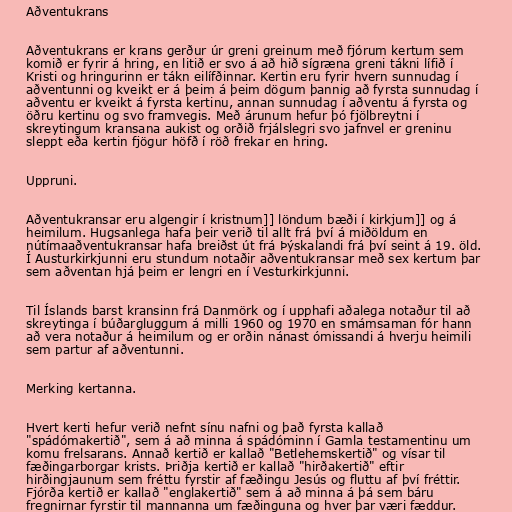
Aðventukrans

Aðventukrans er krans gerður úr greni greinum með fjórum kertum sem
komið er fyrir á hring, en litið er svo á að hið sígræna greni tákni lífið í
Kristi og hringurinn er tákn eilífðinnar. Kertin eru fyrir hvern sunnudag í
aðventunni og kveikt er á þeim á þeim dögum þannig að fyrsta sunnudag í
aðventu er kveikt á fyrsta kertinu, annan sunnudag í aðventu á fyrsta og
öðru kertinu og svo framvegis. Með árunum hefur þó fjölbreytni í
skreytingum kransana aukist og orðið frjálslegri svo jafnvel er greninu
sleppt eða kertin fjögur höfð í röð frekar en hring.

Uppruni.

Aðventukransar eru algengir í kristnum]] löndum bæði í kirkjum]] og á
heimilum. Hugsanlega hafa þeir verið til allt frá því á miðöldum en
nútímaaðventukransar hafa breiðst út frá Þýskalandi frá því seint á 19. öld.
Í Austurkirkjunni eru stundum notaðir aðventukransar með sex kertum þar
sem aðventan hjá þeim er lengri en í Vesturkirkjunni.

Til Íslands barst kransinn frá Danmörk og í upphafi aðalega notaður til að
skreytinga í búðargluggum á milli 1960 og 1970 en smámsaman fór hann
að vera notaður á heimilum og er orðin nánast ómissandi á hverju heimili
sem partur af aðventunni.

Merking kertanna.

Hvert kerti hefur verið nefnt sínu nafni og það fyrsta kallað
"spádómakertið", sem á að minna á spádóminn í Gamla testamentinu um
komu frelsarans. Annað kertið er kallað "Betlehemskertið" og vísar til
fæðingarborgar krists. Þriðja kertið er kallað "hirðakertið" eftir
hirðingjaunum sem fréttu fyrstir af fæðingu Jesús og fluttu af því fréttir.
Fjórða kertið er kallað "englakertið" sem á að minna á þá sem báru
fregnirnar fyrstir til mannanna um fæðinguna og hver þar væri fæddur.